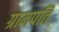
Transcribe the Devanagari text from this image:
ग्रामपति